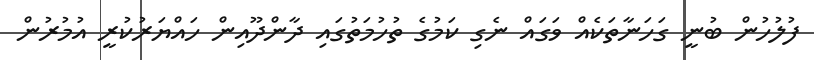
ފުލުހުން ބުނީ ގަހަނާތަކެއް ވަގައް ނެގި ކަމުގެ ތުހުމަތުގައި ދާންދޫއިން ހައްޔަރުކުރީ އުމުރުން